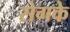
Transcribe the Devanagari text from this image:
रोगके